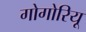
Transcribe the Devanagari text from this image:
गोगोरियू